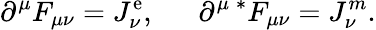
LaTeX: \partial^{\mu}F_{\mu\nu}=J_{\nu}^{\mathrm{e}},~~~~~~\partial^{\mu}\, {^\ast}F_{\mu\nu}=J_{\nu}^{m}.